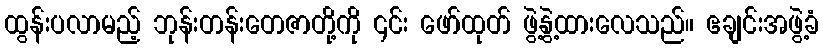
ထွန်းပလာမည့် ဘုန်းတန်းတေဇာတို့ကို ၎င်း ဖော်ထုတ် ဖွဲ့နွဲ့ထားလေသည်။ ဧချင်းအဖွဲ့ခံ